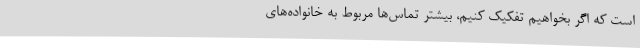
است که اگر بخواهیم تفکیک کنیم، بیشتر تماس‌ها مربوط به خانواده‌های